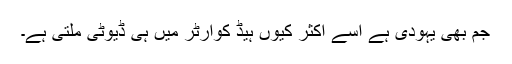
جم بھی یہودی ہے اسے اکثر کیوں ہیڈ کوارٹر میں ہی ڈیوٹی ملتی ہے۔